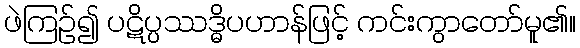
ဖဲကြဉ်၍ ပဋိပ္ပဿဒ္ဓိပဟာန်ဖြင့် ကင်းကွာတော်မူ၏။